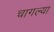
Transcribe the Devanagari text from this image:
चागल्या